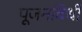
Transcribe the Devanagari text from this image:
पूजनविधी